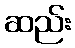
ဆည်း